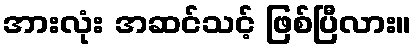
အားလုံး အဆင်သင့် ဖြစ်ပြီလား။